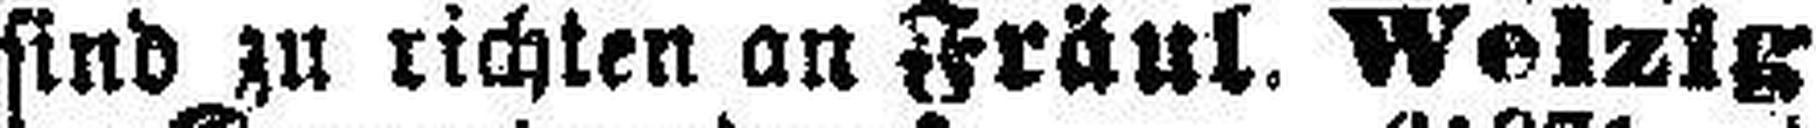
sind zu richten an Fräul. Welzig